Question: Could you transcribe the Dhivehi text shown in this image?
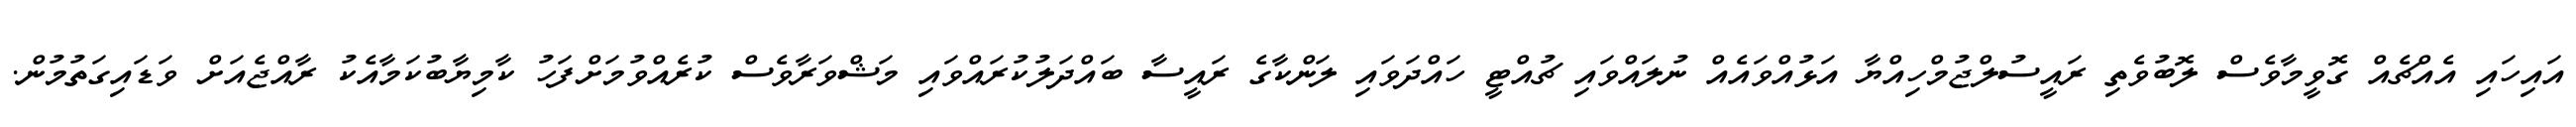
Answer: އައިހައި އެއްޗެއް ގޮވީމާވެސް ލޮބުވެތި ރައީސުލްޖުމްހިއްޔާ އަޅުއްވައެއް ނުލައްވައި ޗުއްޓީ ހައްދަވައި ލަންކާގެ ރައީސާ ބައްދަލުކުރައްވައި މަޝްވަރާވެސް ކުރެއްވުމަށްފަހު ކާމިޔާބުކަމާއެކު ރާއްޖެއަށް ވަޑައިގަތުމުން.